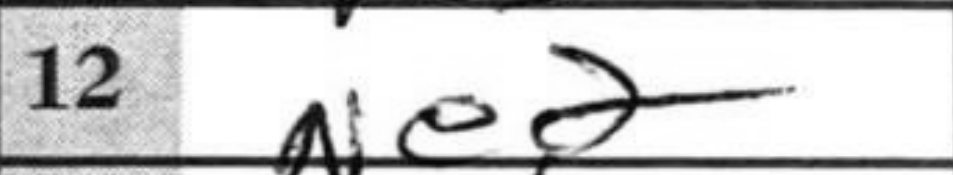
Transcription: Ne2